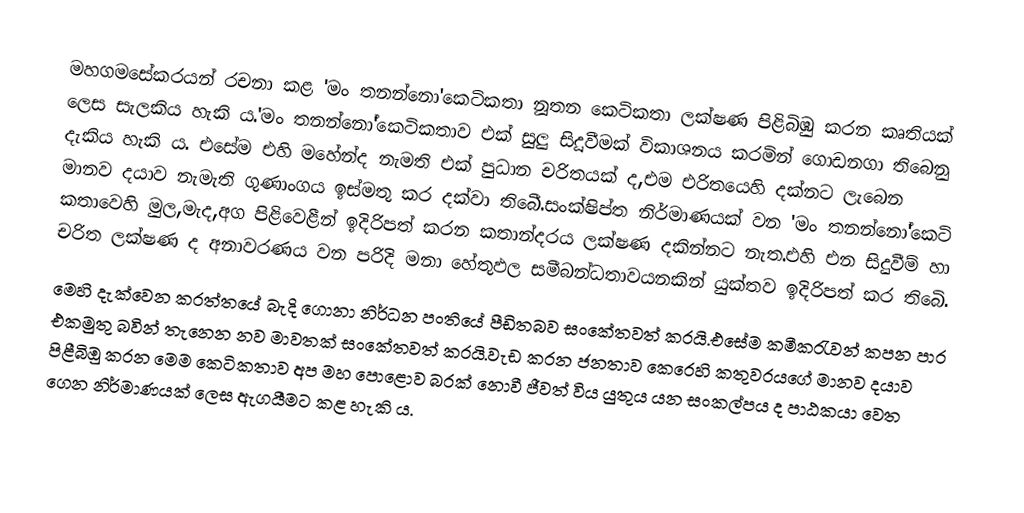
මහගමසේකරයන් රචනා කළ 'මං තනන්නො'කෙටිකතා නූතන කෙටිකතා ලක්ෂණ පිළිබිඹු කරන කෘතියක් ලෙස සැලකිය හැකි ය.'මං තනන්නෝ'කෙටිකතාව එක් සුලු සිදූවීමක් විකාශනය කරමින් ගොඩනගා තිබෙනු දැකිය හැකි ය. එසේම එහි මහේන්ද නැමති එක් පුධාන චරිතයක් ද,එම එරිතයෙහි දක්නට ලැබෙන මානව දයාව නැමැති ගුණාංගය ඉස්මතු කර දක්වා තිබෙී.සංක්ෂිප්ත  නිර්මාණයක් වන 'මං තනන්නෝ'කෙටි කතාවෙහි මුල,මැද,අග පිළිවෙළීන් ඉදිරිපත් කරන කතාන්දරය ලක්ෂණ දකින්නට නැත.එහි එන සිදුවීම් හා චරිත ලක්ෂණ ද අනාවරණය වන පරිදි මනා හේතුඵල සමීබන්ධතාවයනකින් යුක්තව ඉදිරිපත් කර තිබෙි.
මෙහි දැක්වෙන කරත්තයේ බැදි ගොනා නිර්ධන පංතියේ පීඩිතබව සංකේතවත් කරයි.එසේම කමීකරැවන් කපන පාර එකමුතු බවින් තැනෙන නව මාවතක් සංකේතවත් කරයි.වැඩ කරන ජනතාව කෙරෙහි කතුවරයගේ මානව දයාව පිළීබිඔු කරන මෙම කෙටිකතාව අප මහ පොළොව බරක් නොවී ජීවත් විය යුතුය යන සංකල්පය ද පාඨකයා වෙත ගෙන නිර්මාණයක් ලෙස ඇගයීමට කළ හැකි ය.